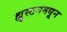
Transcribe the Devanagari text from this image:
ह्यूस्टनमधून